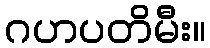
ဂဟပတိမီး။